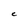
Character: C